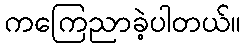
ကကြေညာခဲ့ပါတယ်။